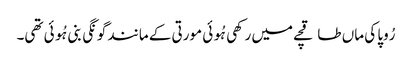
رُوپا کی ماں طاقچے میں رکھی ہُوئی مورتی کے مانند گونگی بنی ہُوئی تھی۔